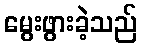
မွေးဖွားခဲ့သည်